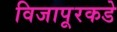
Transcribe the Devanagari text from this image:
विजापूरकडे